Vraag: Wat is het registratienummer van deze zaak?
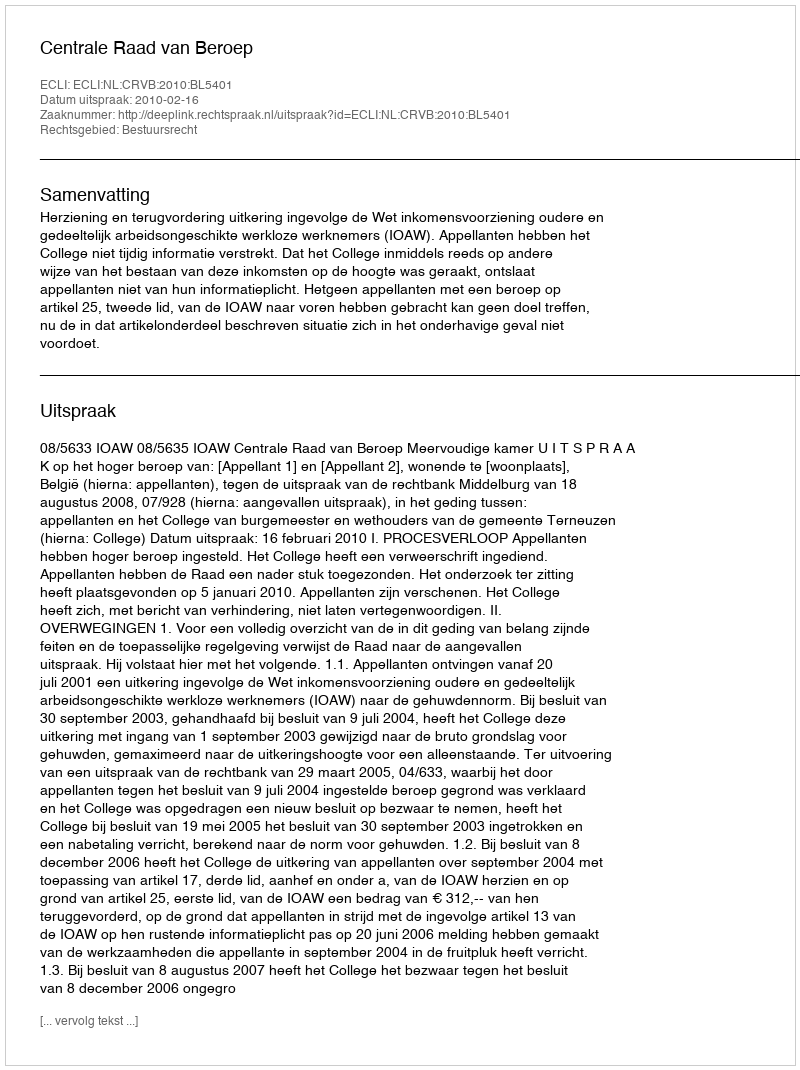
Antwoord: http://deeplink.rechtspraak.nl/uitspraak?id=ECLI:NL:CRVB:2010:BL5401